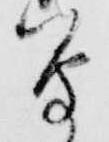
会